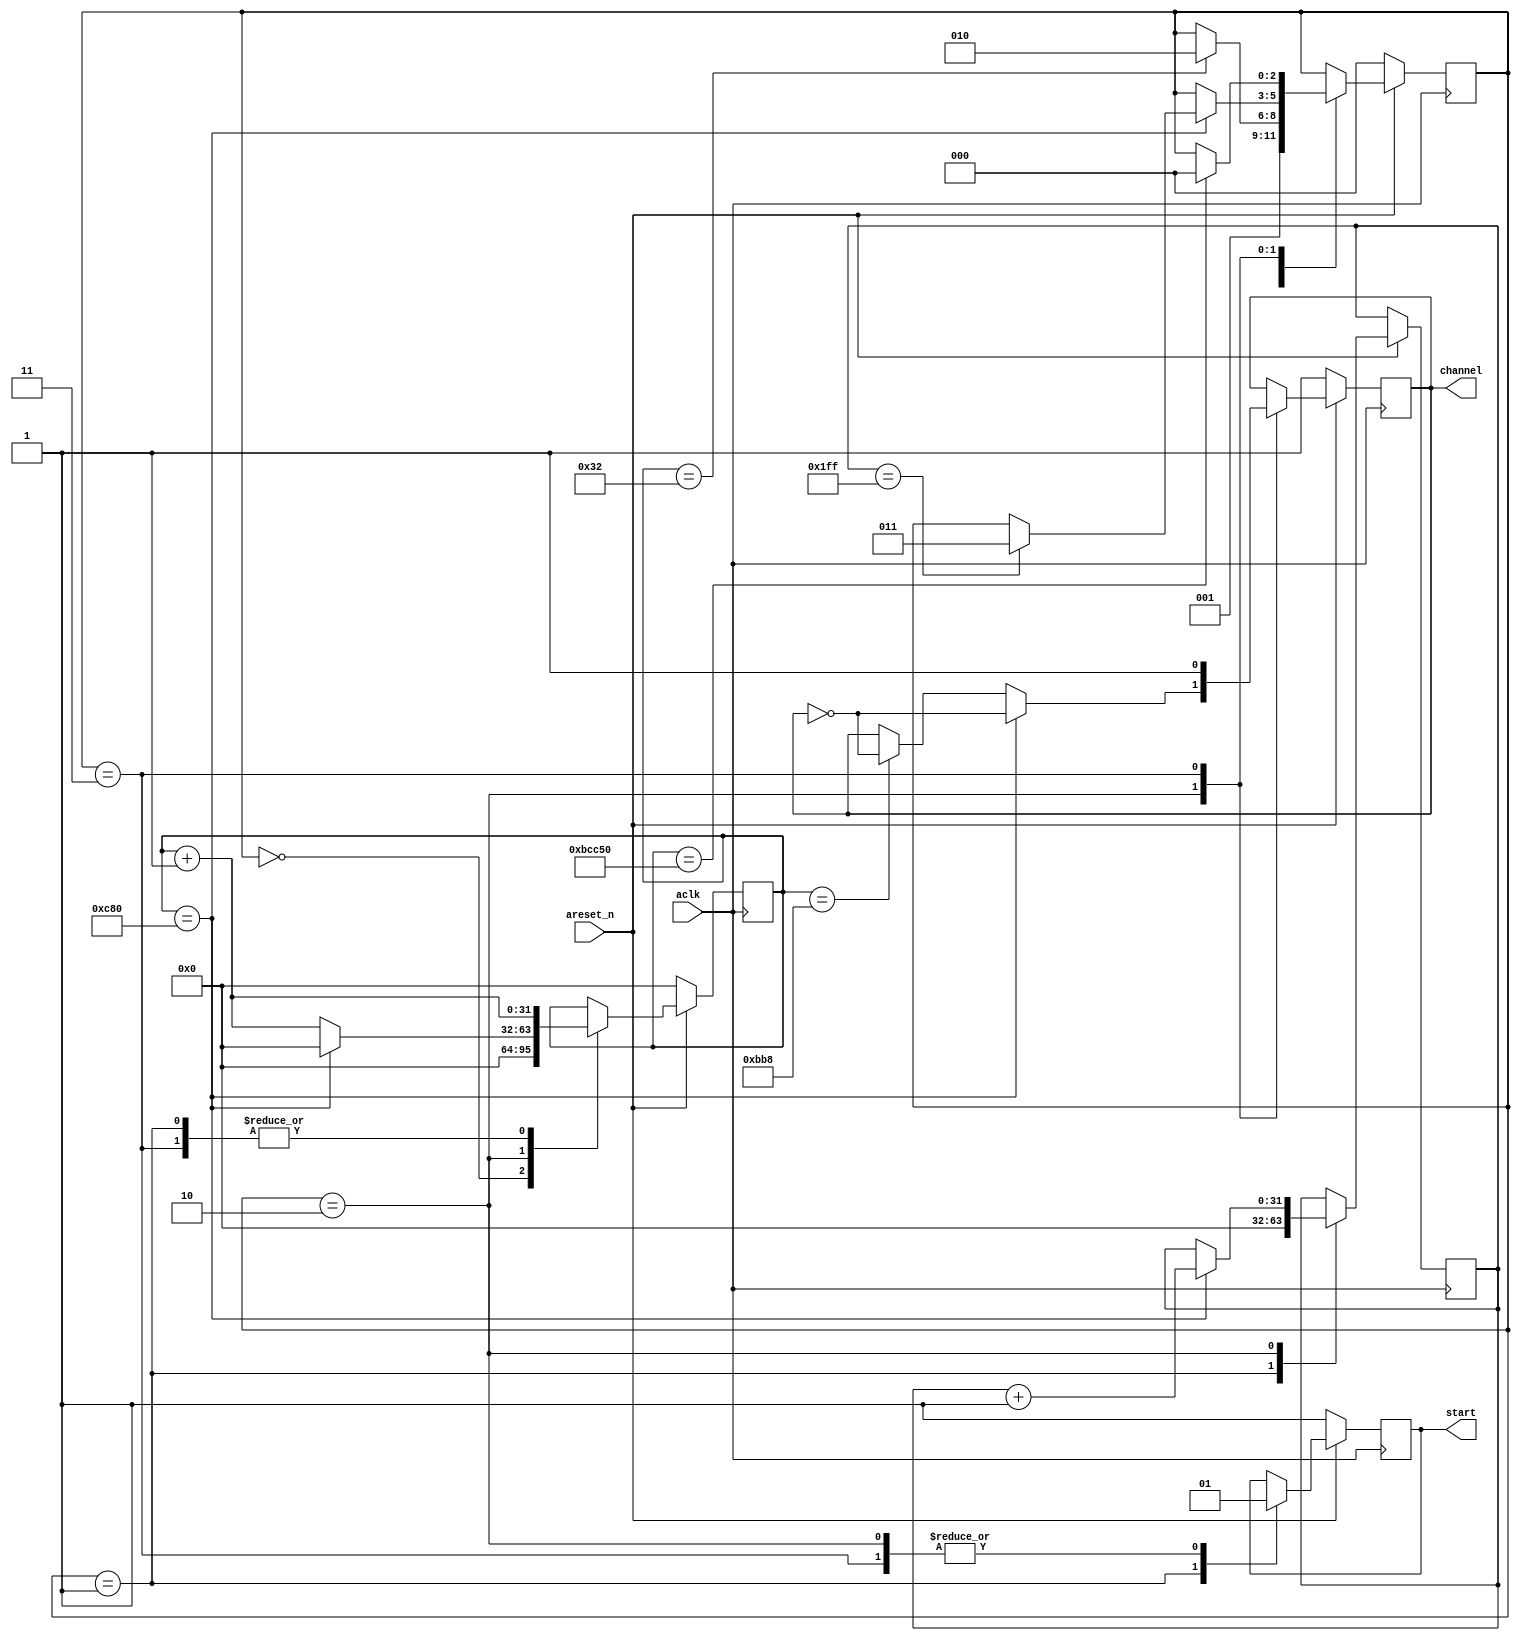
`timescale 1ns / 1ps
//////////////////////////////////////////////////////////////////////////////////
// Company:        MossbauerLab
// 
// Design Name: 
// Module Name:    messbauer_generator 
// Project Name:   messbauer_test_environment
// Target Devices: 
// Tool versions:  ISE 14.7
// Description:    ALINX AX309 Board Messbauer Generator
//
// Dependencies: 
//
// Revision: 
// Revision 1.0
// Additional Comments: 
//
//////////////////////////////////////////////////////////////////////////////////
 `define START_AND_CHANNEL_SYNC 1
 `define CHANNEL_AFTER_MEASURE  2
 `define MAX_CHANNEL_NUMBER  4096
 `timescale 1 ns / 1 ps

 module messbauer_generator #
 (
     //parameter GCLK_FREQUENCY = 50000000,                                                           // maybe will be used in future
     parameter GCLK_PERIOD = 20,                                                                    // nanoseconds
     parameter START_DURATION = 50,                                                                 // number of GCLK periods (aclk port), 1 clock is 20ns
     parameter CHANNEL_NUMBER = 512,                                                                // is a degree of 2 i.e. 128, 256, 512, 1024 and others smaller than 4096 ! 
     parameter CHANNEL_DURATION = (16 * (`MAX_CHANNEL_NUMBER / CHANNEL_NUMBER)) * 1000 / (2 *GCLK_PERIOD), // channel duration in clock periods
     parameter CHANNEL_TYPE = `CHANNEL_AFTER_MEASURE                                                // options are 1) START_AND_CHANNEL_SYNC or 2) CHANNEL_AFTER_MEASURE
 )
 (
     input wire aclk,
     input wire areset_n,
     output reg start,
     output reg channel
 );
 
 localparam CHANNEL_GUARD_DURATION = CHANNEL_DURATION - 4 * (1000 / GCLK_PERIOD); // for switch before 4 us
 localparam CHANNEL_MEANDR_GUARD_DURATION = CHANNEL_DURATION / 2;
 localparam START_HIGH_PHASE_DURATION = 15464 * (1000 / GCLK_PERIOD);
 
 localparam reg[2:0] INITIAL_STATE = 0;
 localparam reg[2:0] START_LOW_PHASE_STATE = 1;
 localparam reg[2:0] CHANNEL_GENERATION_STATE = 2;
 localparam reg[2:0] START_HIGH_PHASE_STATE = 3;
  
 reg[31:0] clk_counter;
 reg[2:0] state;
 reg[31:0] channel_counter;
  
 always @(posedge aclk)
 begin
     if(~areset_n)
     begin
         start <= 1'b1;
         channel <= 1'b1;
         clk_counter <= 8'b0;
         state <= INITIAL_STATE;
     end
     else
     begin
         case (state)
             INITIAL_STATE:
             begin
                 state <= START_LOW_PHASE_STATE;
                 clk_counter <= 0;
             end
             START_LOW_PHASE_STATE:
             begin
                 start <= 0;
                 channel_counter <= 0;
                 if(CHANNEL_TYPE == `START_AND_CHANNEL_SYNC && clk_counter == 0)
                     channel <= 0;
                 clk_counter <= clk_counter + 1;
                 if(clk_counter == START_DURATION)
                     state <= CHANNEL_GENERATION_STATE;
             end
             CHANNEL_GENERATION_STATE:
             begin
                 start <= 1;
                 clk_counter <= clk_counter + 1;
                 if(clk_counter == CHANNEL_GUARD_DURATION)
                 begin
                     channel <= ~channel;
                 end
                 if(clk_counter == CHANNEL_DURATION)
                 begin
                     channel <= ~channel;
                     channel_counter <= channel_counter + 1;
                     clk_counter <= 0;
                     if((channel_counter == CHANNEL_NUMBER - 1 && CHANNEL_TYPE != `START_AND_CHANNEL_SYNC) ||
                        (channel_counter == CHANNEL_NUMBER && CHANNEL_TYPE == `START_AND_CHANNEL_SYNC))
                     begin
                         state <= START_HIGH_PHASE_STATE;
                     end
                 end
             end
             START_HIGH_PHASE_STATE:
             begin
                 start <= 1;
                 channel <= 1;
                 clk_counter <= clk_counter + 1;
                 if(clk_counter == START_HIGH_PHASE_DURATION)
                     state <= INITIAL_STATE;
             end
             default:
             begin
             end
         endcase
     end
 end
  
 endmodule